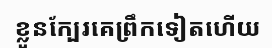
ខ្លួនក្បែរគេព្រឹកទៀតហើយ